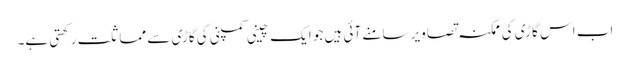
اب اس گاڑی کی ممکنہ تصاویر سامنے آئی ہیں جو ایک چینی کمپنی کی گاڑی سے مماثلت رکھتی ہے۔